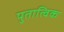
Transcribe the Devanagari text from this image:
पुतात्विक